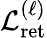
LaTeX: \mathcal{L}_{\mathrm{ret}}^{(\ell)}